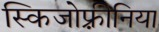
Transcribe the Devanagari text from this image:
स्किजोफ़्रीनिया